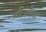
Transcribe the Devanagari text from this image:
अतिउंचीच्या